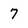
Character: 7